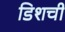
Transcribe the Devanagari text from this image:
डिशची